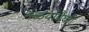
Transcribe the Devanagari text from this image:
नळ्यांपैकी